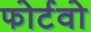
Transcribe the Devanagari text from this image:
फोर्टवो